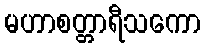
မဟာစတ္တာရီသကော